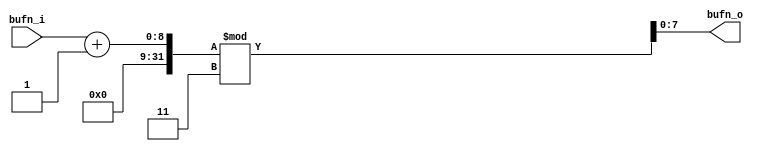
`timescale 1ns / 1ps
//****************************************Copyright (c)***********************************//
//
// Last modified Date   : 2023/05/19
// Created date         : 2023/05/19  
// Descriptions         :       
//
//****************************************************************************************//

module vsbuf#(
    parameter                           integer                  BUF_DELAY     = 1,
    parameter                           integer                  BUF_LENTH     = 3 
)
(

    input              [   7:0]         bufn_i                     ,
    output             [   7:0]         bufn_o                      
);

assign bufn_o = (bufn_i + (BUF_LENTH - 1'b1 - BUF_DELAY)) % BUF_LENTH;


endmodule